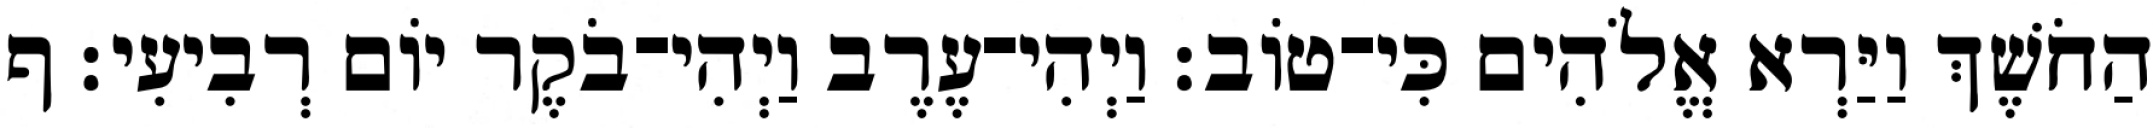
הַחֹשֶׁךְ וַיַּרְא אֱלֹהִים כִּי־טֹוב׃ וַיְהִי־עֶרֶב וַיְהִי־בֹקֶר יֹום רְבִיעִי׃ ף